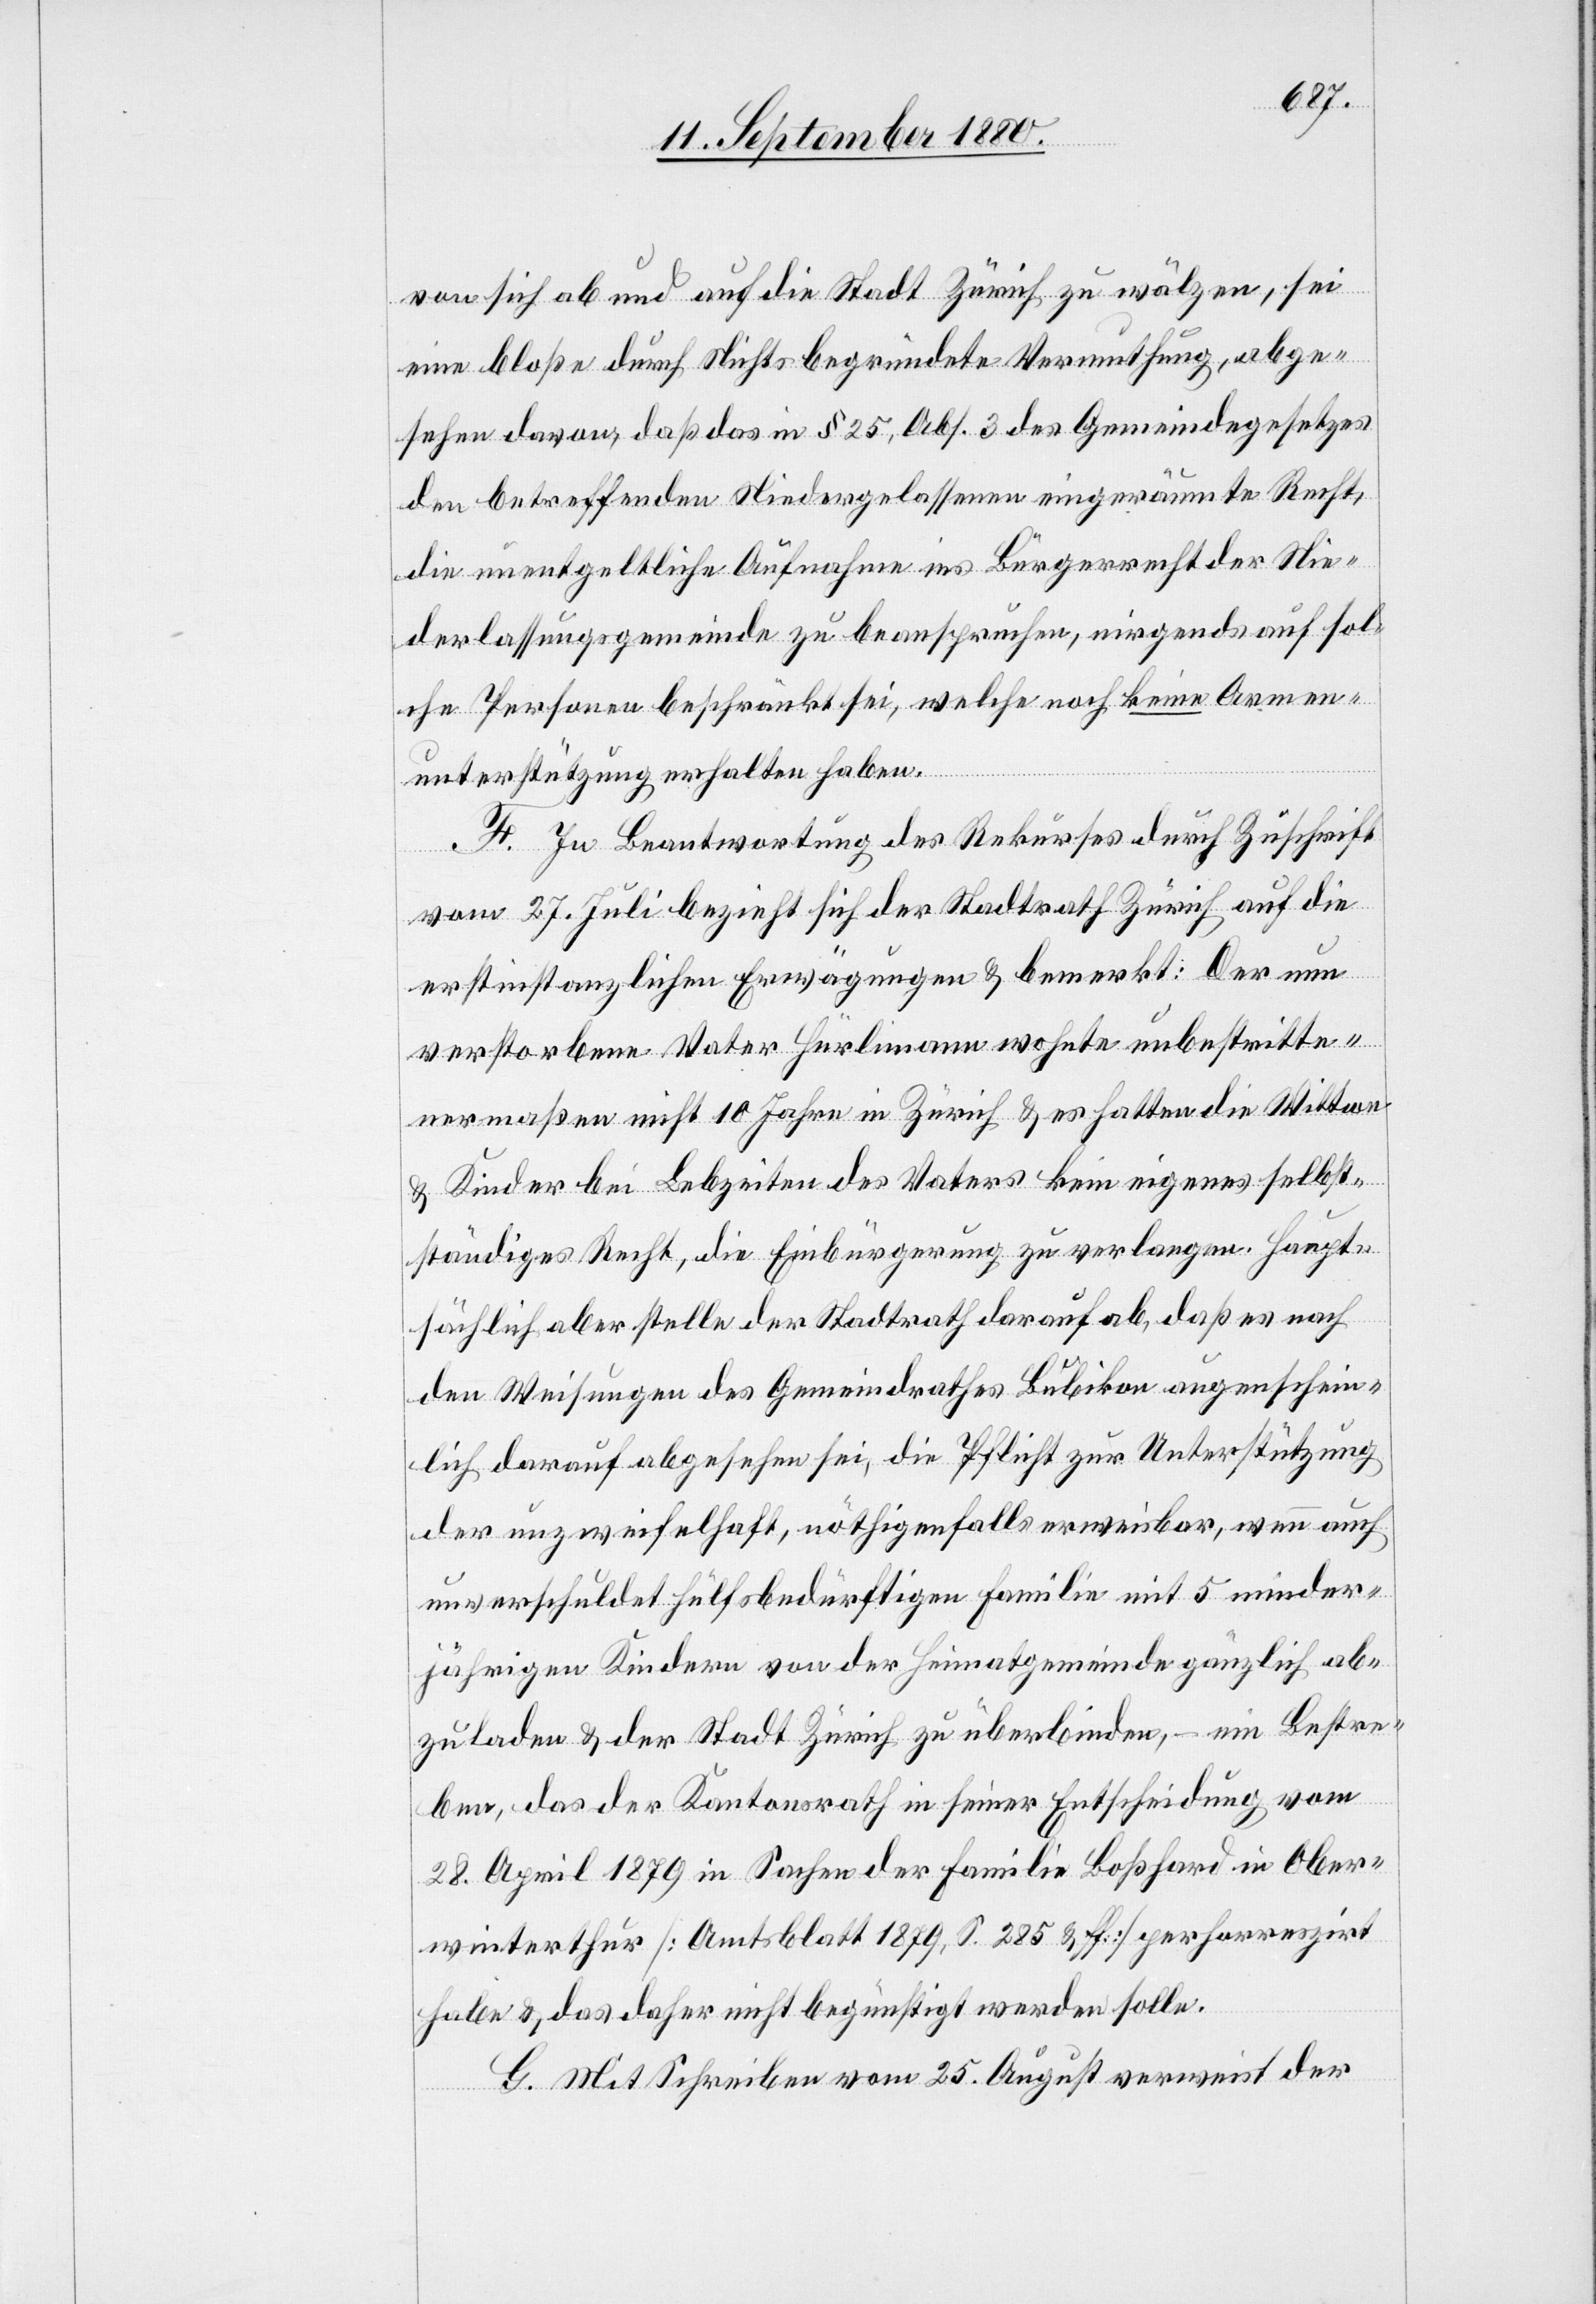
von sich ab und auf die Stadt Zürich zu wälzen, sei
eine bloße durch Nichts begründete Vermuthung, abge¬
sehen davon, daß das in § 25, Abs. 3 des Gemeindegesetzes
den betreffenden Niedergelassenen eingeräumte Recht,
die unentgeltliche Aufnahme ins Bürgerrecht der Nie¬
derlassungsgemeinde zu beanspruchen, nirgends auf sol¬
che Personen beschränkt sei, welche noch keine Armen¬
unterstützung erhalten haben.
F. In Beantwortung des Rekurses durch Zuschrift
vom 27. Juli bezieht sich der Stadtrath Zürich auf die
erstinstanzlichen Erwägungen & bemerkt: Der nun
verstorbene Vater Hürlimann wohnte unbestritte¬
nermaßen nicht 10 Jahre in Zürich & es hatten die Wittwe
& Kinder bei Lebzeiten des Vaters kein eigens selbst¬
ständiges Recht, die Einbürgerung zu verlangen. Haupt¬
sächlich aber stelle der Stadtrath darauf ab, daß es nach
den Weisungen des Gemeindrathes Bubikon augenschein¬
lich darauf abgesehen sei, die Pflicht zur Unterstützung
der unzweifelhaft, nöthigenfalls erweisbar, wenn auch
unverschuldet hülfsbedürftigen Familie mit 5 minder¬
jährigen Kindern von der Heimatgemeinde gänzlich ab¬
zuladen & der Stadt Zürich zu überbinden, – ein Bestre¬
ben, das der Kantonsrath in seiner Entscheidung vom
28. April 1879 in Sachen der Familie Boßhard in Ober¬
winterthur [Amtsblatt 1879, S. 285 & ff.] perhorreszirt
habe & das daher nicht begünstigt werden solle.
G. Mit Schreiben vom 25. August verweist der